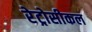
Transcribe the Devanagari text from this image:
रेट्रोसीकल